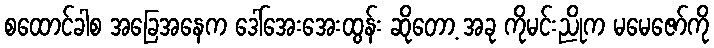
စထောင်ခါစ အခြေအနေက ဒေါ်အေးအေးထွန်း ဆိုတော့ အခု ကိုမင်းညိုက မမေဇော်ကို